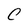
Character: C